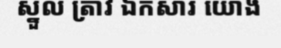
ស្នួល ត្រាវ ឯកសារ យោង